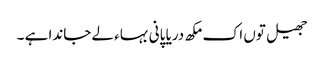
جھیل توں اک مکھ دریا پانی بہاء لے جاندا ہے ۔